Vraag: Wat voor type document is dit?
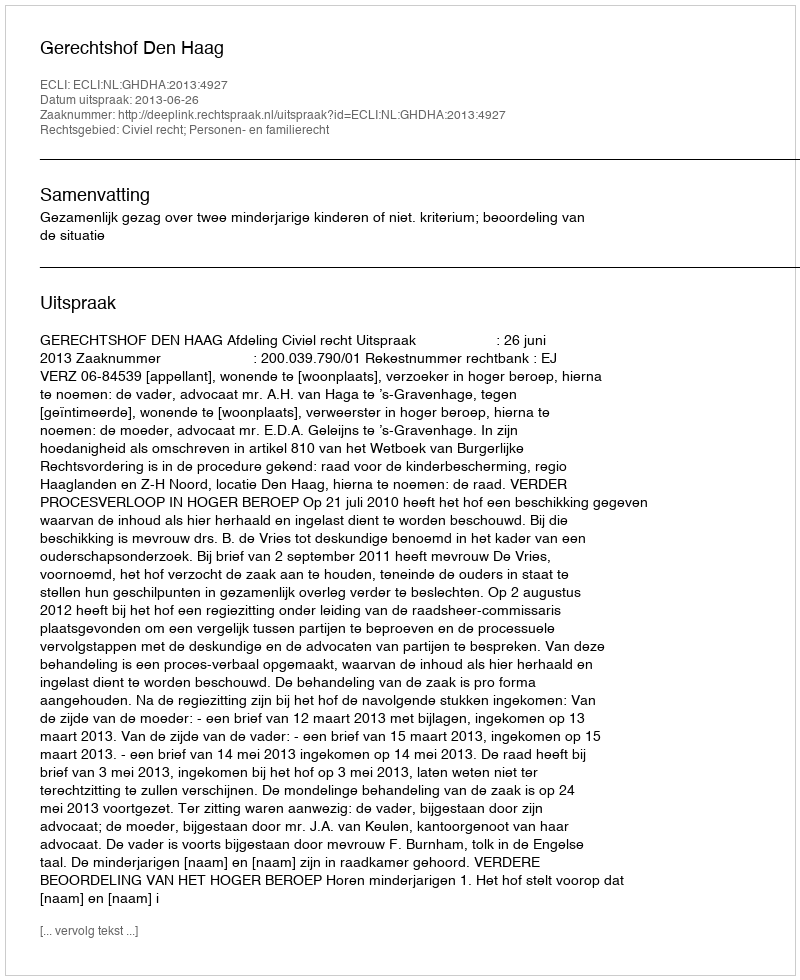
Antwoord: Uitspraak